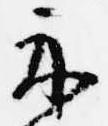
示